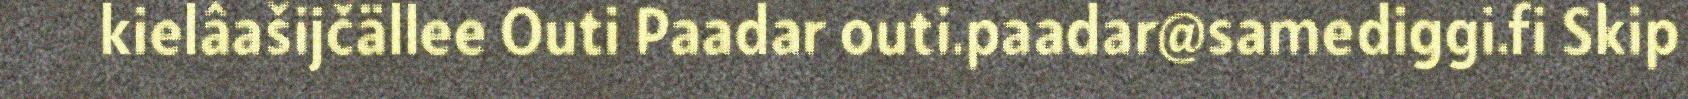
kielâašijčällee Outi Paadar outi.paadar@samediggi.fi Skip